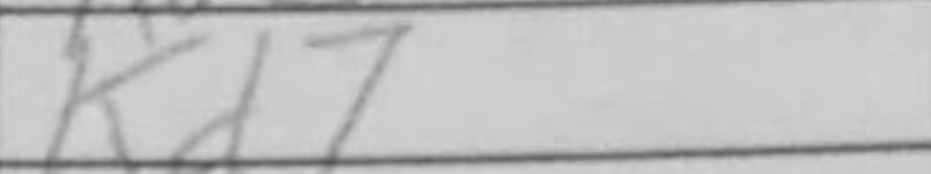
Transcription: Kd7